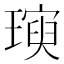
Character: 𪼖